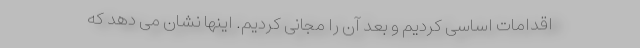
اقدامات اساسی کردیم و بعد آن را مجانی کردیم. اینها نشان می دهد که